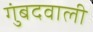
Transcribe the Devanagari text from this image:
गुंबदवाली